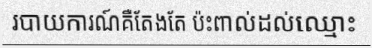
របាយការណ៍គឺតែងតែ ប៉ះពាល់ដល់ឈ្មោះ